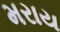
મરાય